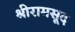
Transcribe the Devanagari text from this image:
श्रीरामसूद